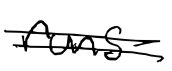
Text: runs
Cross-out: double-line
Writing tool: digital_black